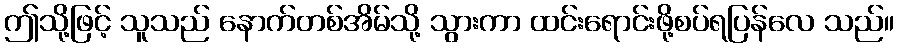
ဤသို့ဖြင့် သူသည် နောက်တစ်အိမ်သို့ သွားကာ ထင်းရောင်းဖို့စပ်ရပြန်လေ သည်။